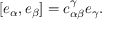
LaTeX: [ e _ { \alpha } , e _ { \beta } ] = c _ { \alpha \beta } ^ { \gamma } e _ { \gamma } .